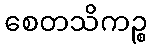
စေတသိကဉ္စ